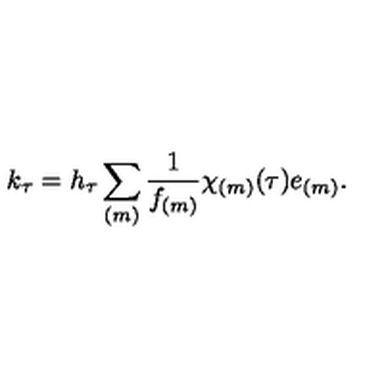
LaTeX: k _ { \tau } = h _ { \tau } \sum _ { ( m ) } \frac { 1 } { f _ { ( m ) } } \chi _ { ( m ) } ( \tau ) e _ { ( m ) } .